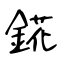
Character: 錵